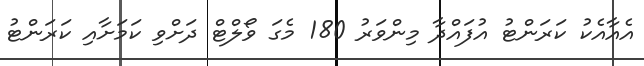
އެއާއެކު ކަރަންޓު އުފައްދާ މިންވަރު 180 މެގަ ވޯލްޓް ދަށްވި ކަމަށާއި ކަރަންޓު